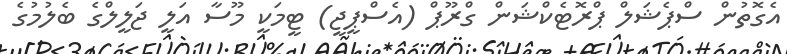
އެގޮތުން ސްޕެޝަލް ޕްރޮޓެކްޝަން ގްރޫޕް (އެސްޕީޖީ) ޓީމަކީ މޫސާ އަލީ ޖަލީލްގެ ބެލުމުގެ